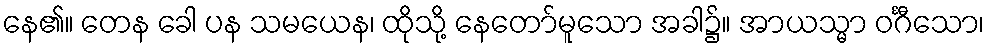
နေ၏။ တေန ခေါ ပန သမယေန၊ ထိုသို့ နေတော်မူသော အခါ၌။ အာယသ္မာ ဝင်္ဂီသော၊